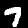
Digit: 7